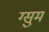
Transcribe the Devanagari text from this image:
ग्सुम